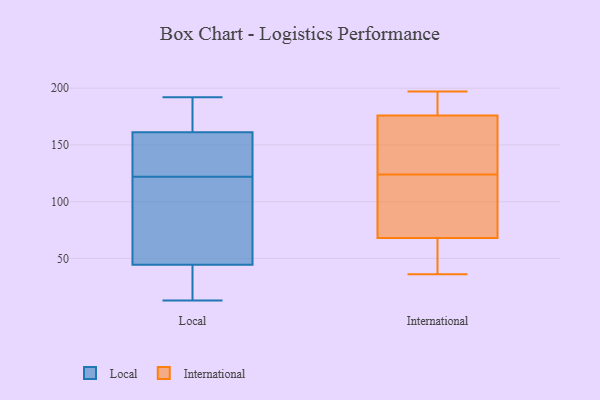
{"axis": {"x": "Satisfaction Score", "y": "Value"}, "legend": ["International", "Local"], "data": [{"x": "", "y": 36, "type": "Local"}, {"x": "", "y": 192, "type": "Local"}, {"x": "", "y": 147, "type": "Local"}, {"x": "", "y": 25, "type": "Local"}, {"x": "", "y": 122, "type": "Local"}, {"x": "", "y": 153, "type": "Local"}, {"x": "", "y": 67, "type": "Local"}, {"x": "", "y": 142, "type": "Local"}, {"x": "", "y": 17, "type": "Local"}, {"x": "", "y": 72, "type": "Local"}, {"x": "", "y": 121, "type": "Local"}, {"x": "", "y": 13, "type": "Local"}, {"x": "", "y": 37, "type": "Local"}, {"x": "", "y": 168, "type": "Local"}, {"x": "", "y": 119, "type": "Local"}, {"x": "", "y": 164, "type": "Local"}, {"x": "", "y": 184, "type": "Local"}, {"x": "", "y": 148, "type": "Local"}, {"x": "", "y": 192, "type": "Local"}, {"x": "", "y": 36, "type": "International"}, {"x": "", "y": 63, "type": "International"}, {"x": "", "y": 68, "type": "International"}, {"x": "", "y": 197, "type": "International"}, {"x": "", "y": 87, "type": "International"}, {"x": "", "y": 160, "type": "International"}, {"x": "", "y": 70, "type": "International"}, {"x": "", "y": 176, "type": "International"}, {"x": "", "y": 152, "type": "International"}, {"x": "", "y": 52, "type": "International"}, {"x": "", "y": 98, "type": "International"}, {"x": "", "y": 182, "type": "International"}, {"x": "", "y": 150, "type": "International"}, {"x": "", "y": 188, "type": "International"}]}